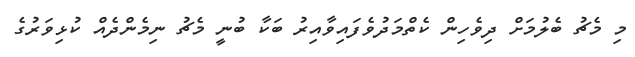
މި މެޗު ބެލުމަށް ދިވެހިން ކެތްމަދުވެފައިވާއިރު ބަކާ ބުނީ މެޗު ނިމެންދެއް ކުޅިވަރުގެ